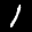
Label: 1